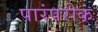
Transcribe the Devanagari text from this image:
पारंपरीक